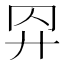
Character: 𢌺